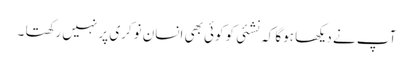
آپ نے دیکھا ہوگا کہ نشئی کوکوئی بھی انسان نوکری پر نہیں رکھتا ۔